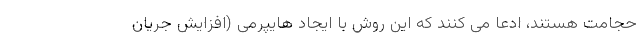
حجامت هستند، ادعا می کنند که این روش با ایجاد هایپرمی (افزایش جریان